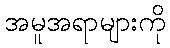
အမူအရာများကို